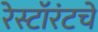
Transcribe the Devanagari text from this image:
रेस्टॉरंटचे